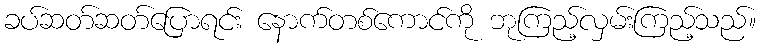
ခပ်ဆတ်ဆတ်ပြောရင်း နောက်တစ်ကောင်ကို ဘုကြည့်လှမ်းကြည့်သည်။